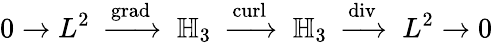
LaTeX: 0\to L^{2}\; \; {\xrightarrow{\operatorname{grad}}}\; \; \mathbb{H}_{3}\; \; {\xrightarrow{\operatorname{curl}}}\; \; \mathbb{H}_{3}\; \; {\xrightarrow{\operatorname{div}}}\; \; L^{2}\to 0